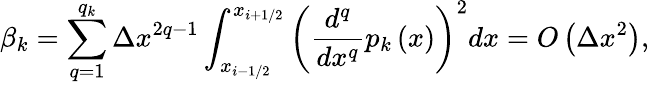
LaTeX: {{\beta}_{k}}=\sum_{q=1}^{{{q}_{k}}}{\Delta{{x}^{2q-1}}}\int_{{{x}_{i-1/2}}}^{{{x}_{i+1/2}}}{{{\left(\frac{{{d}^{q}}}{d{{x}^{q}}}{{p}_{k}}\left(x\right)\right)}^{2}}dx}=O\left(\Delta{{x}^{2}}\right),